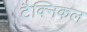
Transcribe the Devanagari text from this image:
टैक्निकल